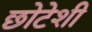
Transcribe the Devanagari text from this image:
छोटेशी